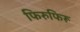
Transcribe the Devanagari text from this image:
फिरुफिरू